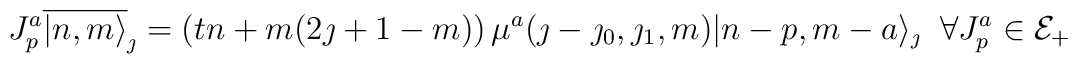
J^a_p \overline{|n,m\rangle}_{\jmath}=\left(tn+m(2\jmath +1 -m)\right)\mu^a(\jmath-\jmath_0,\jmath_1,m) |n-p,m-a\rangle_{\jmath} \;\; \forall J^a_p\in {\cal E}_+